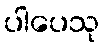
ပါပေသု